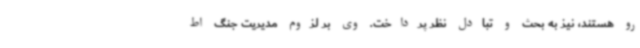
رو هستند، نیز به بحث و تبادل نظر پرداخت. وی بر لزوم مدیریت جنگ اط